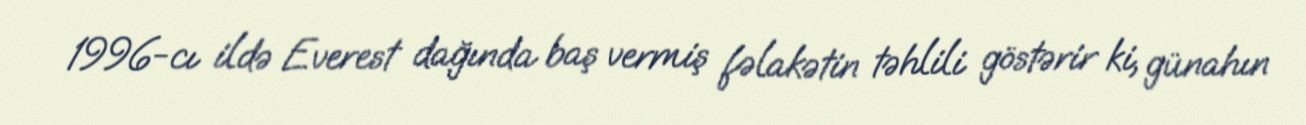
1996-cı ildə Everest dağında baş vermiş fəlakətin təhlili göstərir ki, günahın